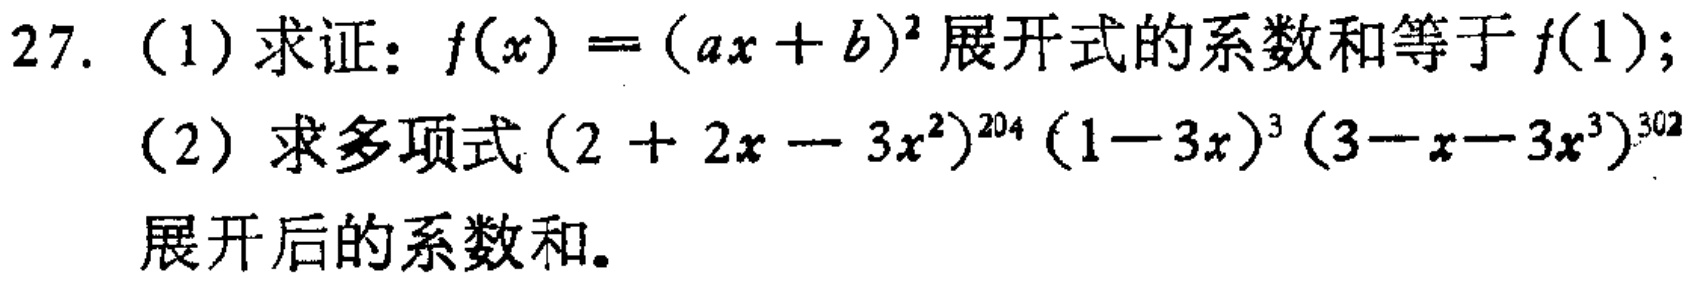
27.（1）求证：\(f(x)=(ax + b)^{2}\)展开式的系数和等于\(f(1)\)；

（2）求多项式\((2 + 2x - 3x^{2})^{204}(1 - 3x)^{3}(3 - x - 3x^{3})^{302}\)展开后的系数和。